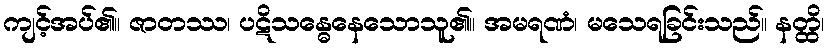
ကျင့်အပ်၏။ ဇာတဿ၊ ပဋိသန္ဓေနေသောသူ၏။ အမရဏံ၊ မသေရခြင်းသည်။ နတ္ထိ၊